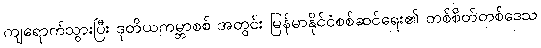
ကျရောက်သွားပြီး ဒုတိယကမ္ဘာစစ် အတွင်း မြန်မာနိုင်ငံစစ်ဆင်ရေး၏ တစ်စိတ်တစ်ဒေသ